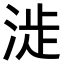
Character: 𣶵